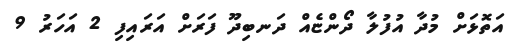
އަތޮޅަށް މުދާ އުފުލާ ދޯންޏެއް ދަނބިދޫ ފަރަށް އަރައިފި 2 އަހަރު 9